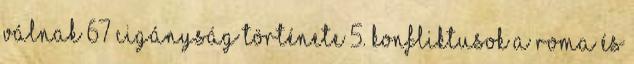
válnak 67 Cigányság története 5. konfliktusok a roma és